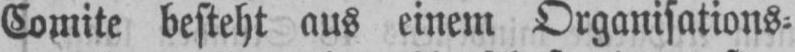
Comite besteht aus einem Organisations⸗